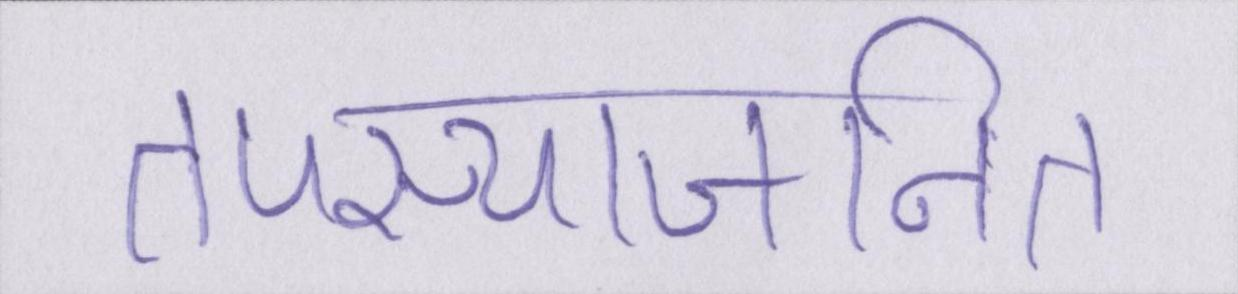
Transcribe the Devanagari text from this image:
तपस्याजनित